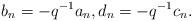
LaTeX: \begin{align*}b_{n}=-q^{-1}a_{n},d_{n}=-q^{-1}c_{n}. \end{align*}